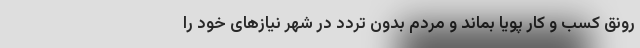
رونق کسب و کار پویا بماند و مردم بدون تردد در شهر نیاز‌های خود را